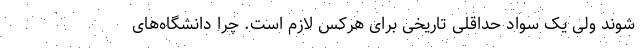
شوند ولی یک سواد حداقلی تاریخی برای هرکس لازم است. چرا دانشگاه‌های